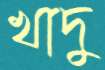
খাদু